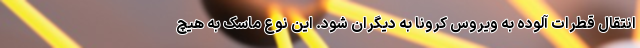
انتقال قطرات آلوده به ویروس کرونا به دیگران شود. این نوع ماسک به هیچ